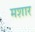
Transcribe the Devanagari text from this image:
मशार